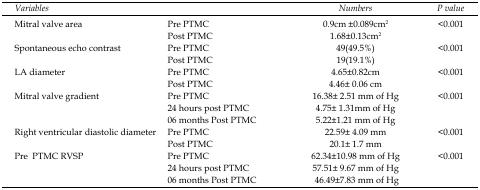
<table><thead><tr><td colspan="2"><b><i>Variables</i></b></td><td><b><i>Numbers</i></b></td><td><b><i>P value</i></b></td></tr></thead><tbody><tr><td rowspan="2">Mitral valve area</td><td>Pre PTMC</td><td>0.9cm ±0.089cm<sup>2</sup></td><td rowspan="2">&lt;0.001</td></tr><tr><td>Post PTMC</td><td>1.68±0.13cm<sup>2</sup></td></tr><tr><td rowspan="2">Spontaneous echo contrast</td><td>Pre PTMC</td><td>49(49.5%)</td><td rowspan="2">&lt;0.001</td></tr><tr><td>Post PTMC</td><td>19(19.1%)</td></tr><tr><td rowspan="2">LA diameter</td><td>Pre PTMC</td><td>4.65±0.82cm</td><td rowspan="2">&lt;0.001</td></tr><tr><td>Post PTMC</td><td>4.46± 0.06 cm</td></tr><tr><td rowspan="3">Mitral valve gradient</td><td>Pre PTMC</td><td>16.38± 2.51 mm of Hg</td><td rowspan="3">&lt;0.001</td></tr><tr><td>24 hours post PTMC</td><td>4.75± 1.31mm of Hg</td></tr><tr><td>06 months Post PTMC</td><td>5.22±1.21 mm of Hg</td></tr><tr><td rowspan="2">Right ventricular diastolic diameter</td><td>Pre PTMC</td><td>22.59± 4.09 mm</td><td rowspan="2">&lt;0.001</td></tr><tr><td>Post PTMC</td><td>20.1± 1.7 mm</td></tr><tr><td rowspan="3">Pre PTMC RVSP</td><td>Pre PTMC</td><td>62.34±10.98 mm of Hg</td><td rowspan="3">&lt;0.001</td></tr><tr><td>24 hours post PTMC</td><td>57.51± 9.67 mm of Hg</td></tr><tr><td>06 months Post PTMC</td><td>46.49±7.83 mm of Hg</td></tr></tbody></table>